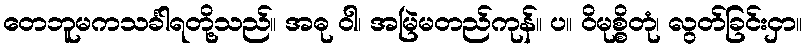
တေဘူမကသင်္ခါရတို့သည်။ အဓု ဝါ၊ အမြဲမတည်ကုန်။ ပ။ ဝိမုစ္စိတုံ၊ လွတ်ခြင်းငှာ။